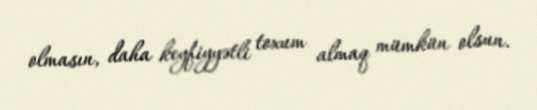
olmasın, daha keyfiyyətli toxum almaq mümkün olsun.